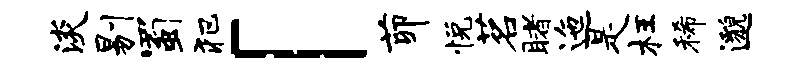
淡剔蜀犯「茆悦茗睹迤是枉稀邈